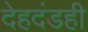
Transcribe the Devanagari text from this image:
देहदंडही